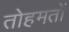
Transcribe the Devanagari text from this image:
तोहमतों